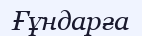
Ғұндарға